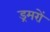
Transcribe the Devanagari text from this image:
ड्रमरों